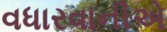
વધારવાનીએ